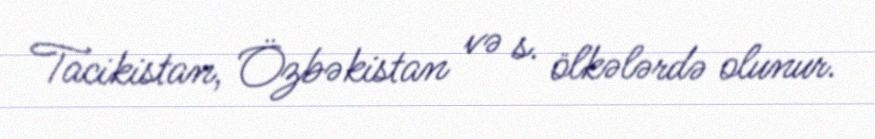
Tacikistan, Özbəkistan və s. ölkələrdə olunur.